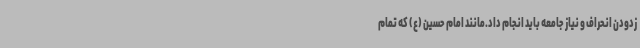
زدودن انحراف و نیاز جامعه باید انجام داد.مانند امام حسین (ع) که تمام